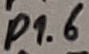
Text: P1.6